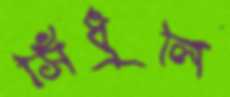
সিঁধুলি